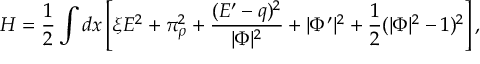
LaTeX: A = - \frac { i } { e } \left( \frac { \overline { { { g } } } \: d g } { ( 1 + g \overline { { { g } } } ) } - \frac { g \: d \overline { { { g } } } } { ( 1 + g \overline { { { g } } } ) } \right) ~ ~ .